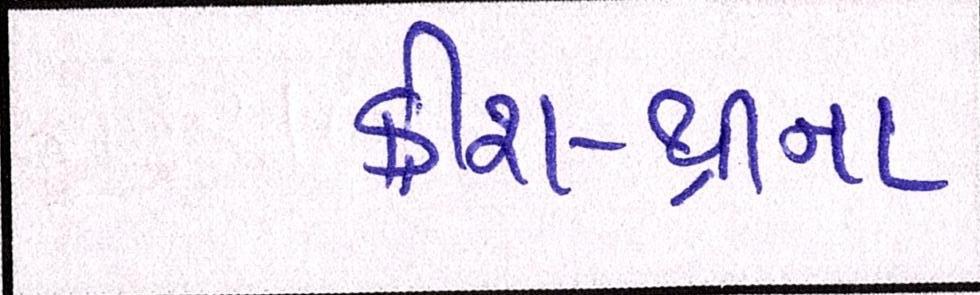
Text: ક્રીશ-થ્રીના